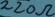
Text: 220Ω